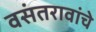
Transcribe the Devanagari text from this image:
वसंतरावांचे